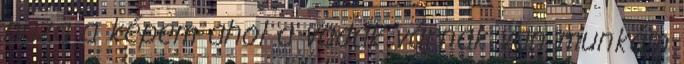
haza a képem ahol a vadak várnak van munkám